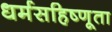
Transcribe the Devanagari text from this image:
धर्मसहिष्णूता